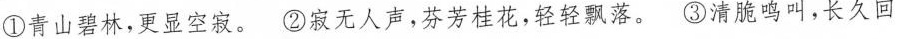
①青山碧林，更显空寂。②寂无人声，芬芳桂花，轻轻飘落。③清脆鸣叫，长久回